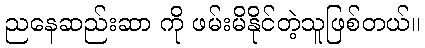
ညနေဆည်းဆာ ကို ဖမ်းမိနိုင်တဲ့သူဖြစ်တယ်။